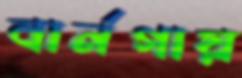
বার্নগায়